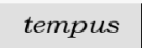
tempus